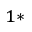
^ { 1 * }